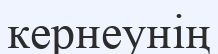
кернеунің